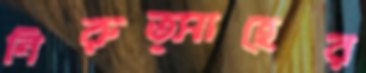
নিরুত্সাহের